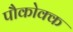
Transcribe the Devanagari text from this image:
पौकोक्क